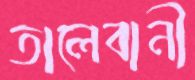
তালেবানী